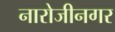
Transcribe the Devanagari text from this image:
नारोजीनगर